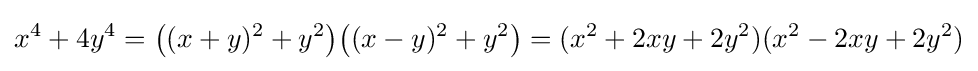
x^{4}+4y^{4}={\big (}(x+y)^{2}+y^{2}{\big )}{\big (}(x-y)^{2}+y^{2}{\big )}=(x^{2}+2xy+2y^{2})(x^{2}-2xy+2y^{2})